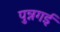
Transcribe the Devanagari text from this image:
पुन्नगई